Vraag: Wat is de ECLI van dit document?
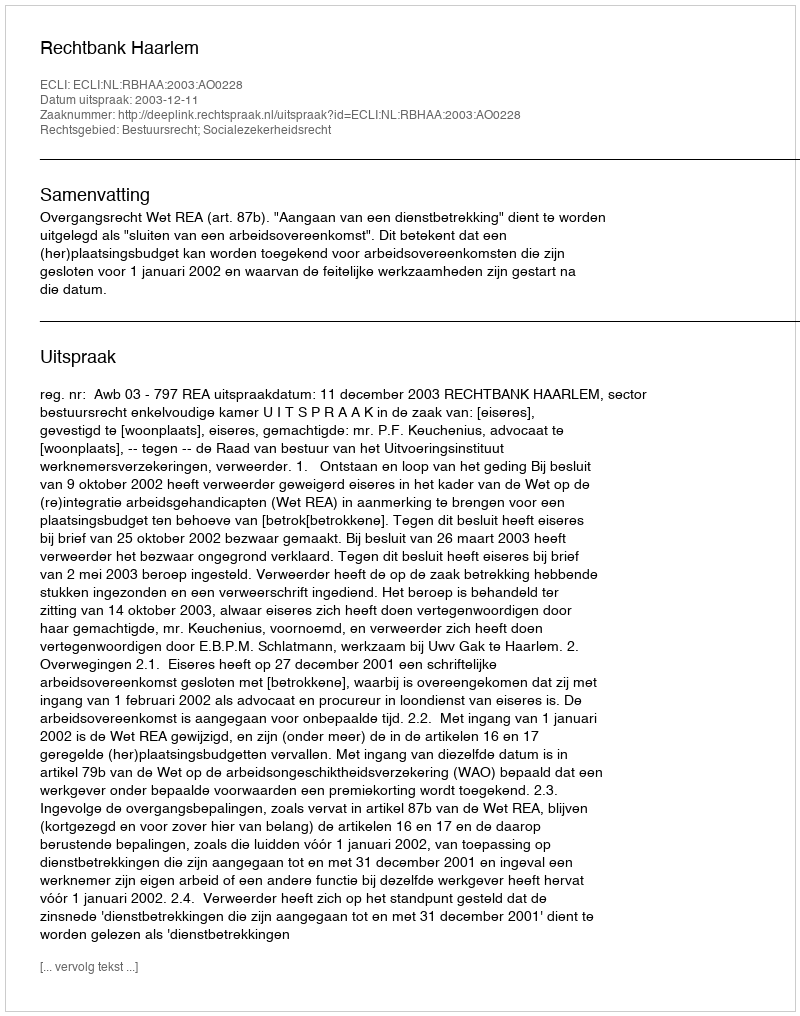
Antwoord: ECLI:NL:RBHAA:2003:AO0228